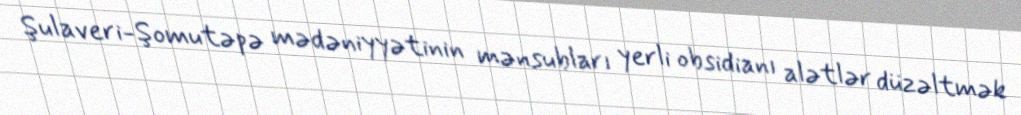
Şulaveri-Şomutəpə mədəniyyətinin mənsubları yerli obsidianı alətlər düzəltmək